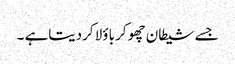
جسے شیطان چھوکر باؤلا کردیتاہے ۔